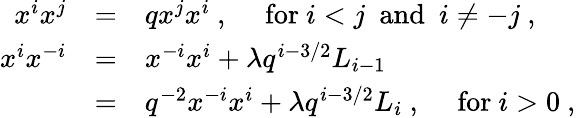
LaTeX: \begin{array}{rcl}{{x^{i}x^{j}}}&{{=}}&{{qx^{j}x^{i}~,~~~~~\mathrm{for}~i<j~~\mathrm{and}~~i\not=-j~,}}\\ {{x^{i}x^{-i}}}&{{=}}&{{x^{-i}x^{i}+\lambda q^{i-3/2}L_{i-1}}}\\ {{}}&{{=}}&{{q^{-2}x^{-i}x^{i}+\lambda q^{i-3/2}L_{i}~,~~~~~\mathrm{for}~i>0~,}}\end{array}